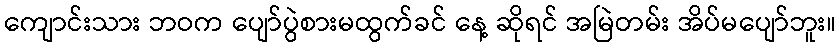
ကျောင်းသား ဘဝက ပျော်ပွဲစားမထွက်ခင် နေ့ ဆိုရင် အမြဲတမ်း အိပ်မပျော်ဘူး။